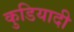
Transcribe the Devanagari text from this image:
कुडियादी